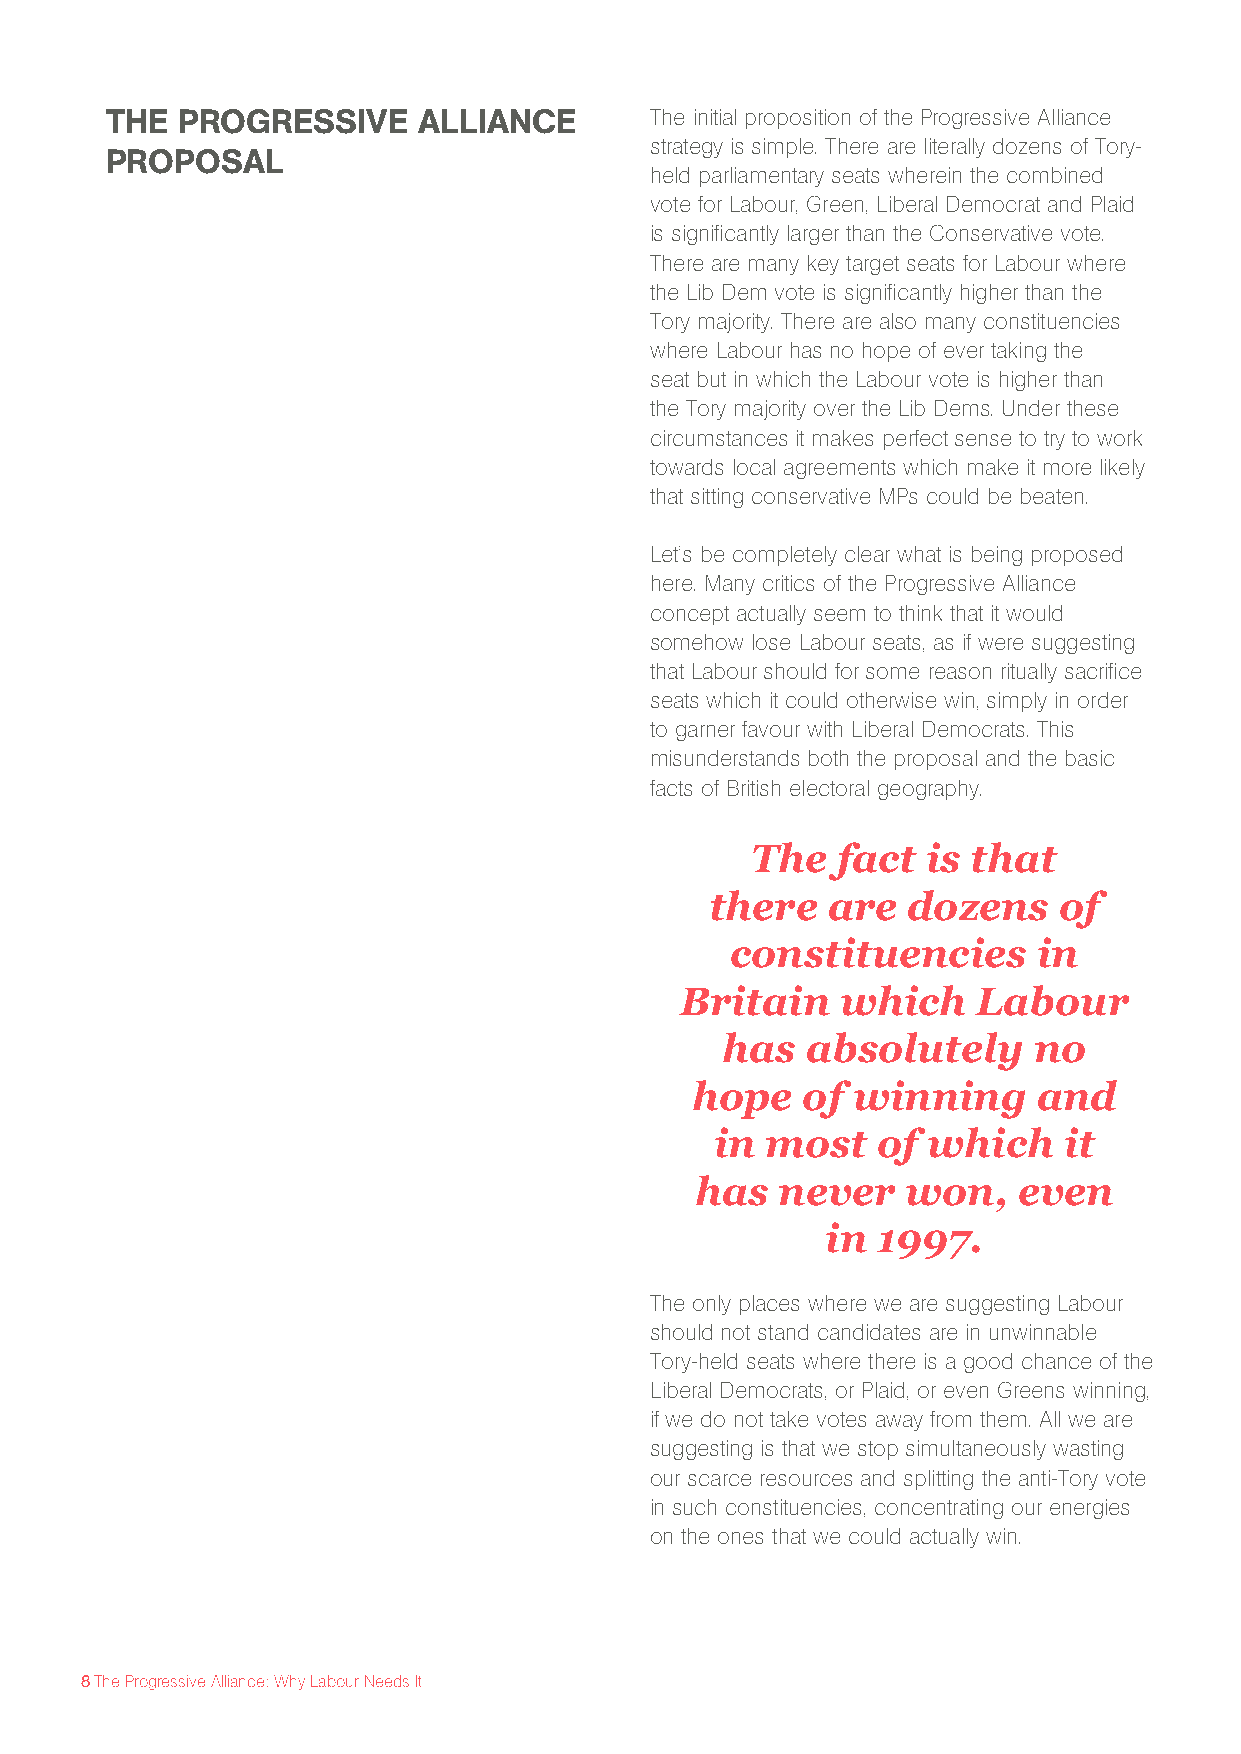
THE  PROGRESSIVE     ALLIANCE       The initial proposition of the Progressive Alliance
 strategy is simple. There are literally dozens of Tory-
 PROPOSAL
 held parliamentary seats wherein the combined
 vote for Labour, Green, Liberal Democrat and Plaid
 is significantly larger than the Conservative vote.
 There are many key target seats for Labour where
 the Lib Dem vote is significantly higher than the
 Tory majority. There are also many constituencies
 where Labour has no hope of ever taking the
 seat but in which the Labour vote is higher than
 the Tory majority over the Lib Dems. Under these
 circumstances it makes perfect sense to try to work
 towards local agreements which make it more likely
 that sitting conservative MPs could be beaten.
 Let’s be completely clear what is being proposed
 here. Many critics of the Progressive Alliance
 concept actually seem to think that it would
 somehow lose Labour seats, as if were suggesting
 that Labour should for some reason ritually sacrifice
 seats which it could otherwise win, simply in order
 to garner favour with Liberal Democrats. This
 misunderstands both the proposal and the basic
 facts of British electoral geography.
 The  fact  is that
 there   are  dozens    of
 constituencies       in
 Britain    which    Labour
 has  absolutely     no
 hope   of winning      and
 in  most   of which    it
 has  never    won,   even
 in 1997.
 The only places where we are suggesting Labour
 should not stand candidates are in unwinnable
 Tory-held seats where there is a good chance of the
 Liberal Democrats, or Plaid, or even Greens winning,
 if we do not take votes away from them. All we are
 suggesting is that we stop simultaneously wasting
 our scarce resources and splitting the anti-Tory vote
 in such constituencies, concentrating our energies
 on the ones that we could actually win.
 8 The Progressive Alliance: Why Labour Needs It